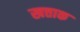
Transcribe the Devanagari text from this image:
खत्ताक